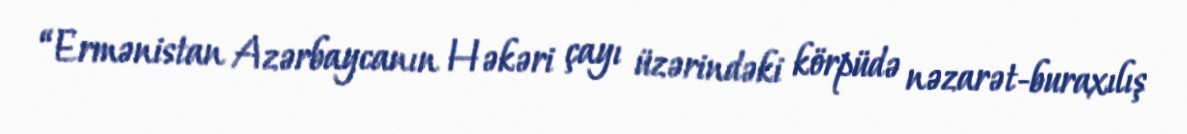
“Ermənistan Azərbaycanın Həkəri çayı üzərindəki körpüdə nəzarət-buraxılış